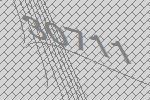
30711